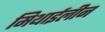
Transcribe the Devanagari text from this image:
मिथाईलीन